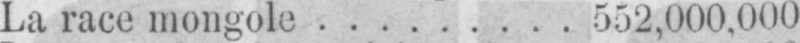
La race mongole ......... 552,000,000